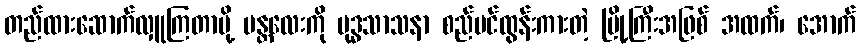
တည်ထားဆောက်လှူကြတာမို့ မန္တလေးကို ဗုဒ္ဓသာသနာ စည်ပင်ထွန်းကားတဲ့ မြို့ကြီးအဖြစ် အထက်၊ အောက်